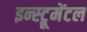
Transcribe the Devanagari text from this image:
इन्स्ट्रूमेंटल